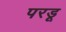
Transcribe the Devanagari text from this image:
परडू